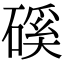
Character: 磎